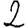
Digit: 2